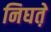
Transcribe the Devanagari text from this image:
निघत़े